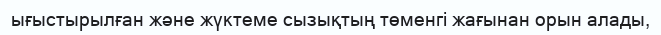
ығыстырылған және жүктеме сызықтың төменгі жағынан орын алады,